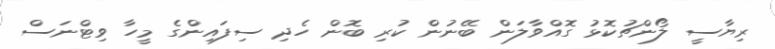
ރިޔާސީ ލޯންޗުކޮޅު ގޮއްވާލަން ބޭނުން ކުރި ބޮން ހެދި ސިފައިންގެ މީހާ ވިޓްނަސް